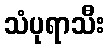
သံပုရာသီး